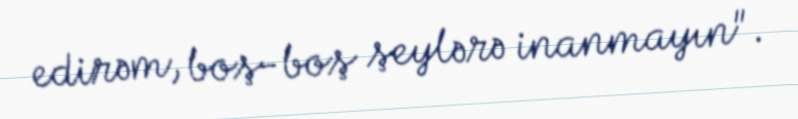
edirəm, boş-boş şeylərə inanmayın".